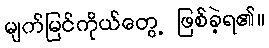
မျက်မြင်ကိုယ်တွေ့ ဖြစ်ခဲ့ရ၏။